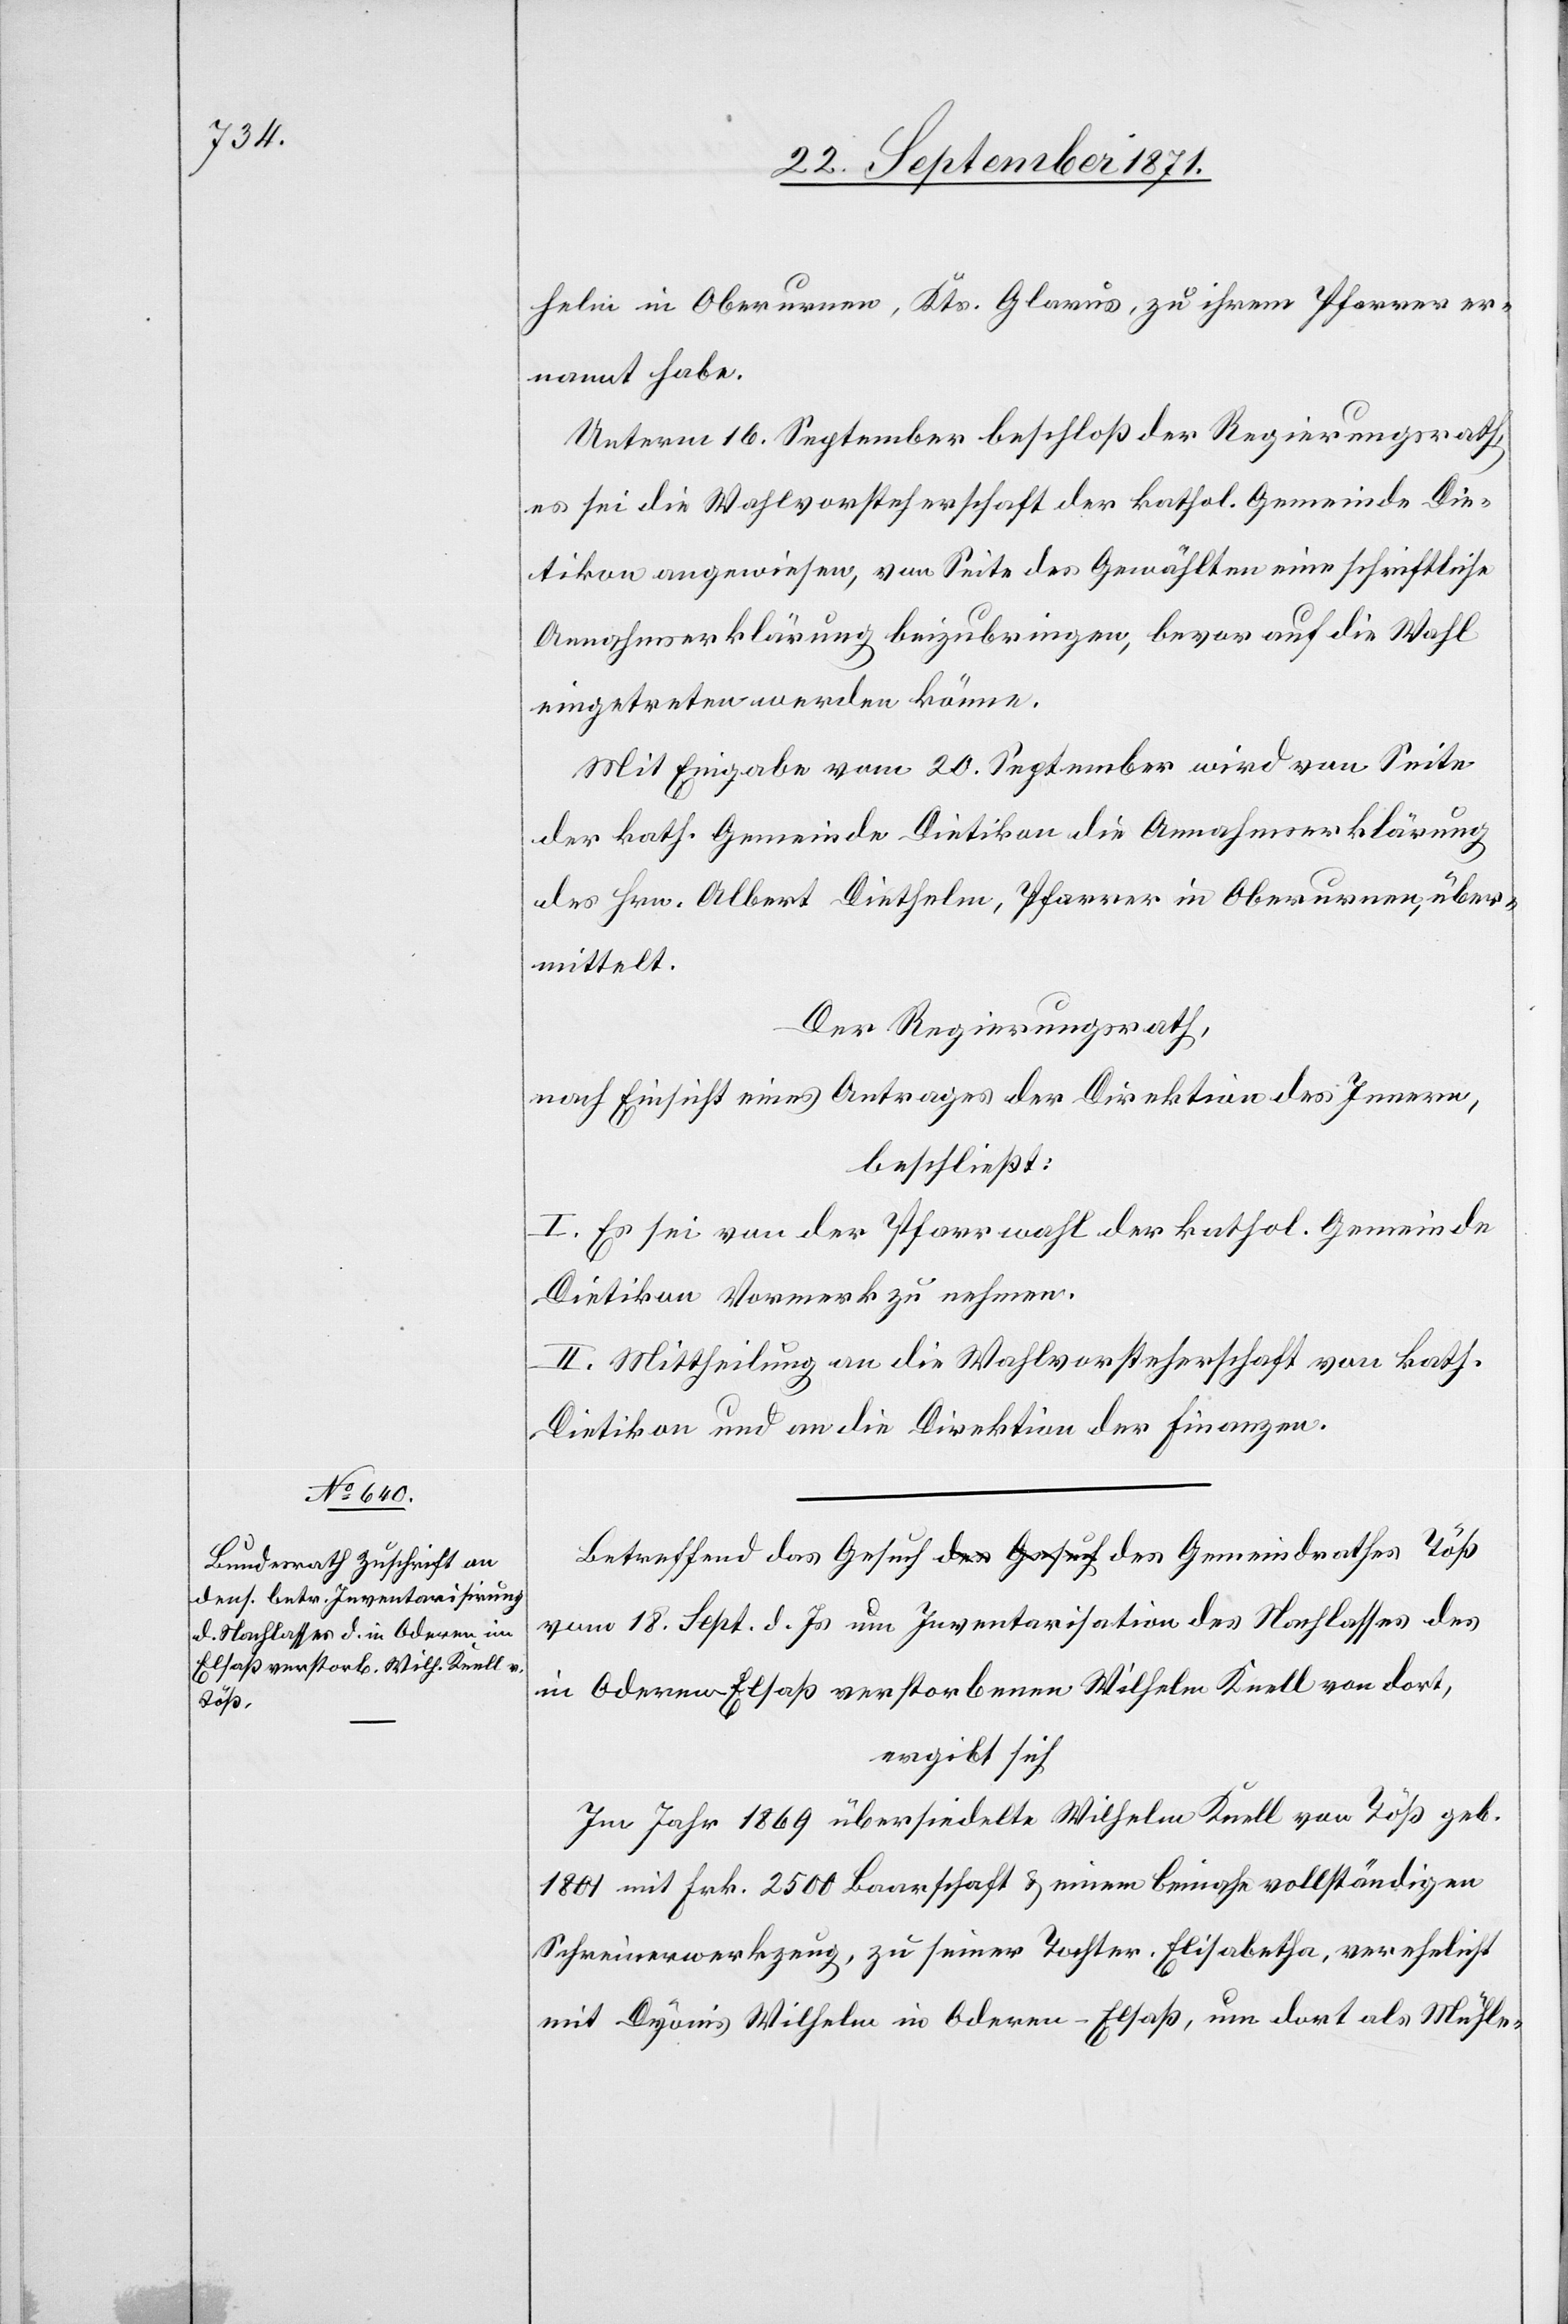
helm in Oberurnen, Kts. Glarus, zu ihrem Pfarrer er¬
nannt habe.
Unterm 16. September beschloß der Regierungsrath,
es sei die Wahlvorsteherschaft der kathol. Gemeinde Die¬
tikon angewiesen, von Seite des Gewählten eine schriftliche
Annahmeerklärung beizubringen, bevor auf die Wahl
eingetreten werden könne.
Mit Eingabe vom 20. September wird von Seite
der kath. Gemeinde Dietikon die Annahmeerklärung
des Hrn. Albert Diethelm, Pfarrer in Oberurnen, über¬
mittelt.
Der Regierungsrath,
nach Einsicht eines Antrages der Direktion des Innern,
beschließt:
I. Es sei von der Pfarrwahl der kathol. Gemeinde
Dietikon Vormerk zu nehmen.
II. Mittheilung an die Wahlvorsteherschaft von kath.
Dietikon und an die Direktion der Finanzen.
Betreffend das Gesuch des Gemeindrathes Töß vom 18. Sept. d.
in Oderen Elsaß verstorbenen Wilhelm Knell von dort,
ergibt sich
Im Jahr 1869 übersiedelte Wilhelm Knell von Töß geb.
1801 mit Frk. 2500 Baarschaft & einem beinahe vollständigen
Schreinerwerkzeug, zu seiner Tochter, Elisabetha, verehelicht
mit Dyonis Wilhelm in Oderen-Elsaß, um dort als Mühle-